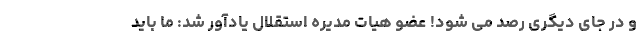
و در جای دیگری رصد می شود! عضو هیات مدیره استقلال یادآور شد: ما باید